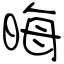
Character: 晦